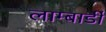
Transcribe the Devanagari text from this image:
लाम्बार्डी